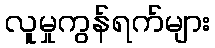
လူမှုကွန်ရက်များ